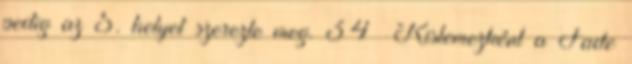
pedig az 5. helyet szerezte meg. 34 Kislemezként a Fade